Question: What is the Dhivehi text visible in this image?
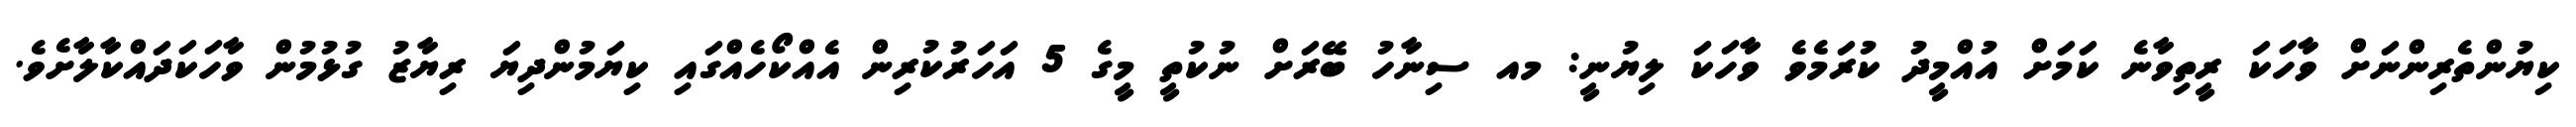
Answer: ކިޔުންތެރިންނަށް ވާހަކަ ރީތިވާނެ ކަމަށް އުއްމީދު ކުރަމެވެ ވާހަކަ ލިޔުނީ: މއ ސިނާހު ބޭރަށް ނުކުތީ މީގެ 5 އަހަރުކުރިން އެއްކޯހެއްގައި ކިޔަމުންދިޔަ ރިޔާޒު ގުޅުމުން ވާހަކަދައްކާލާށެވެ.